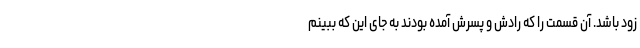
زود باشد. آن قسمت را که رادش و پسرش آمده بودند به جای این که ببینم